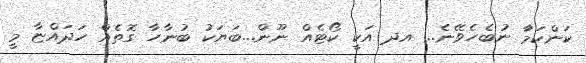
ކަންކަމަާ ނުބެހެވޭނެ... އދ އަކީ ކޯޓެއް ނޫން...ބަޔަކު ބުނާހާ ގޮތެއް ހަދައްޏާ މީ